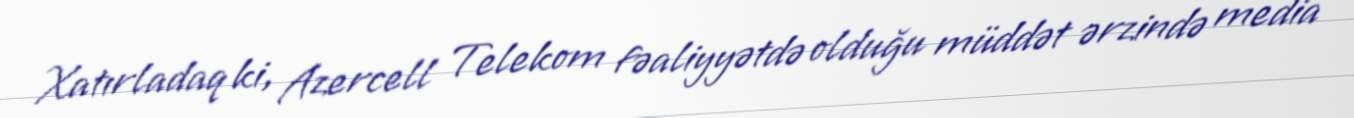
Xatırladaq ki, Azercell Telekom fəaliyyətdə olduğu müddət ərzində media